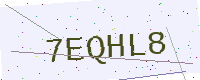
Text: 7EQHL8